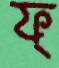
ফ্